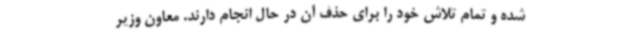
شده و تمام تلاش خود را برای حذف آن در حال انجام دارند. معاون وزیر